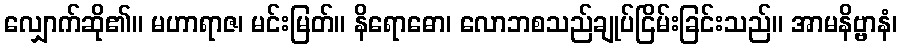
လျှောက်ဆို၏။ မဟာရာဇ၊ မင်းမြတ်။ နိရောဓော၊ လောဘစသည်ချုပ်ငြိမ်းခြင်းသည်။ အာမနိဗ္ဗာနံ၊